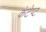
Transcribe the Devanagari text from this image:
कंटेप्ट